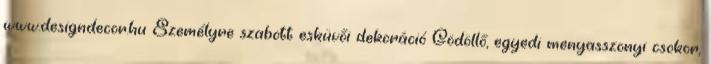
www.designdecor.hu Személyre szabott esküvői dekoráció Gödöllő, egyedi menyasszonyi csokor,